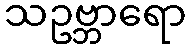
သဥဗ္ဘာရော